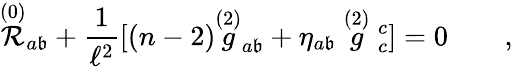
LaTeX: \stackrel{(0)}{\cal{R}}_{a\mathfrak{b}}+{\frac{{1}}{{\ell^{2}}}}[(n-2)\stackrel{(2)}g_{a\mathfrak{b}}+\eta_{a\mathfrak{b}}\stackrel{(2)}g\strut_{c}^{c}]=0\qquad,